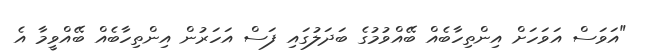
"އަވަސް އަވަހަށް އިންތިހާބެއް ބޭއްވުމުގެ ބަދަލުގައި ފަސް އަހަރުން އިންތިހާބެއް ބޭއްވީމާ އެ